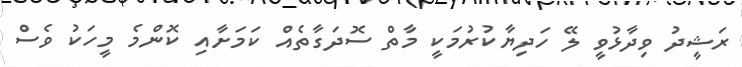
ރަޝީދު ވިދާޅުވީ ލޭ ހަދިޔާކުރުމަކީ މާތް ސޮދަގާތެއް ކަމަށާއި ކޮންމެ މީހަކު ވެސް